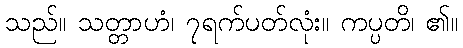
သည်။ သတ္တာဟံ၊ ၇ရက်ပတ်လုံး။ ကပ္ပတိ၊ ၏။